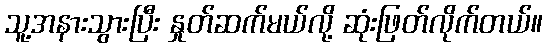
သူ့အနားသွားပြီး နှုတ်ဆက်မယ်လို့ ဆုံးဖြတ်လိုက်တယ်။